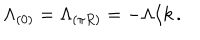
LaTeX: \Lambda _ { ( 0 ) } = \Lambda _ { ( \pi R ) } = - \Lambda / k \, .